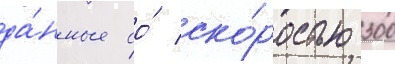
да́нные со́ ско́ростью 300